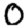
Digit: 0